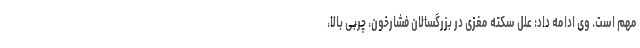
مهم است. وی ادامه داد: علل سکته مغزی در بزرگسالان فشارخون، چربی بالا،